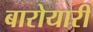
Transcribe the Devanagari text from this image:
बारोयारी